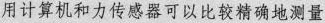
用计算机和力传感器可以比较精确地测量